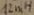
Text: 12mH